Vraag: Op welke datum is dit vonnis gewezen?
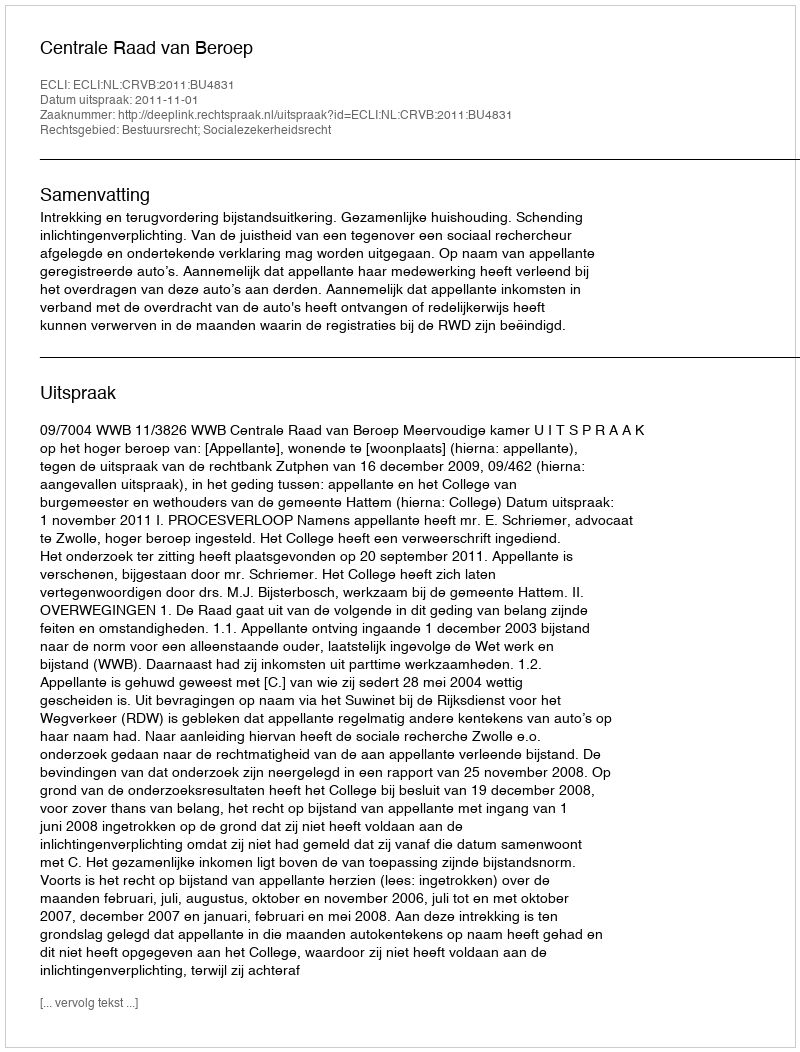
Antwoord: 2011-11-01